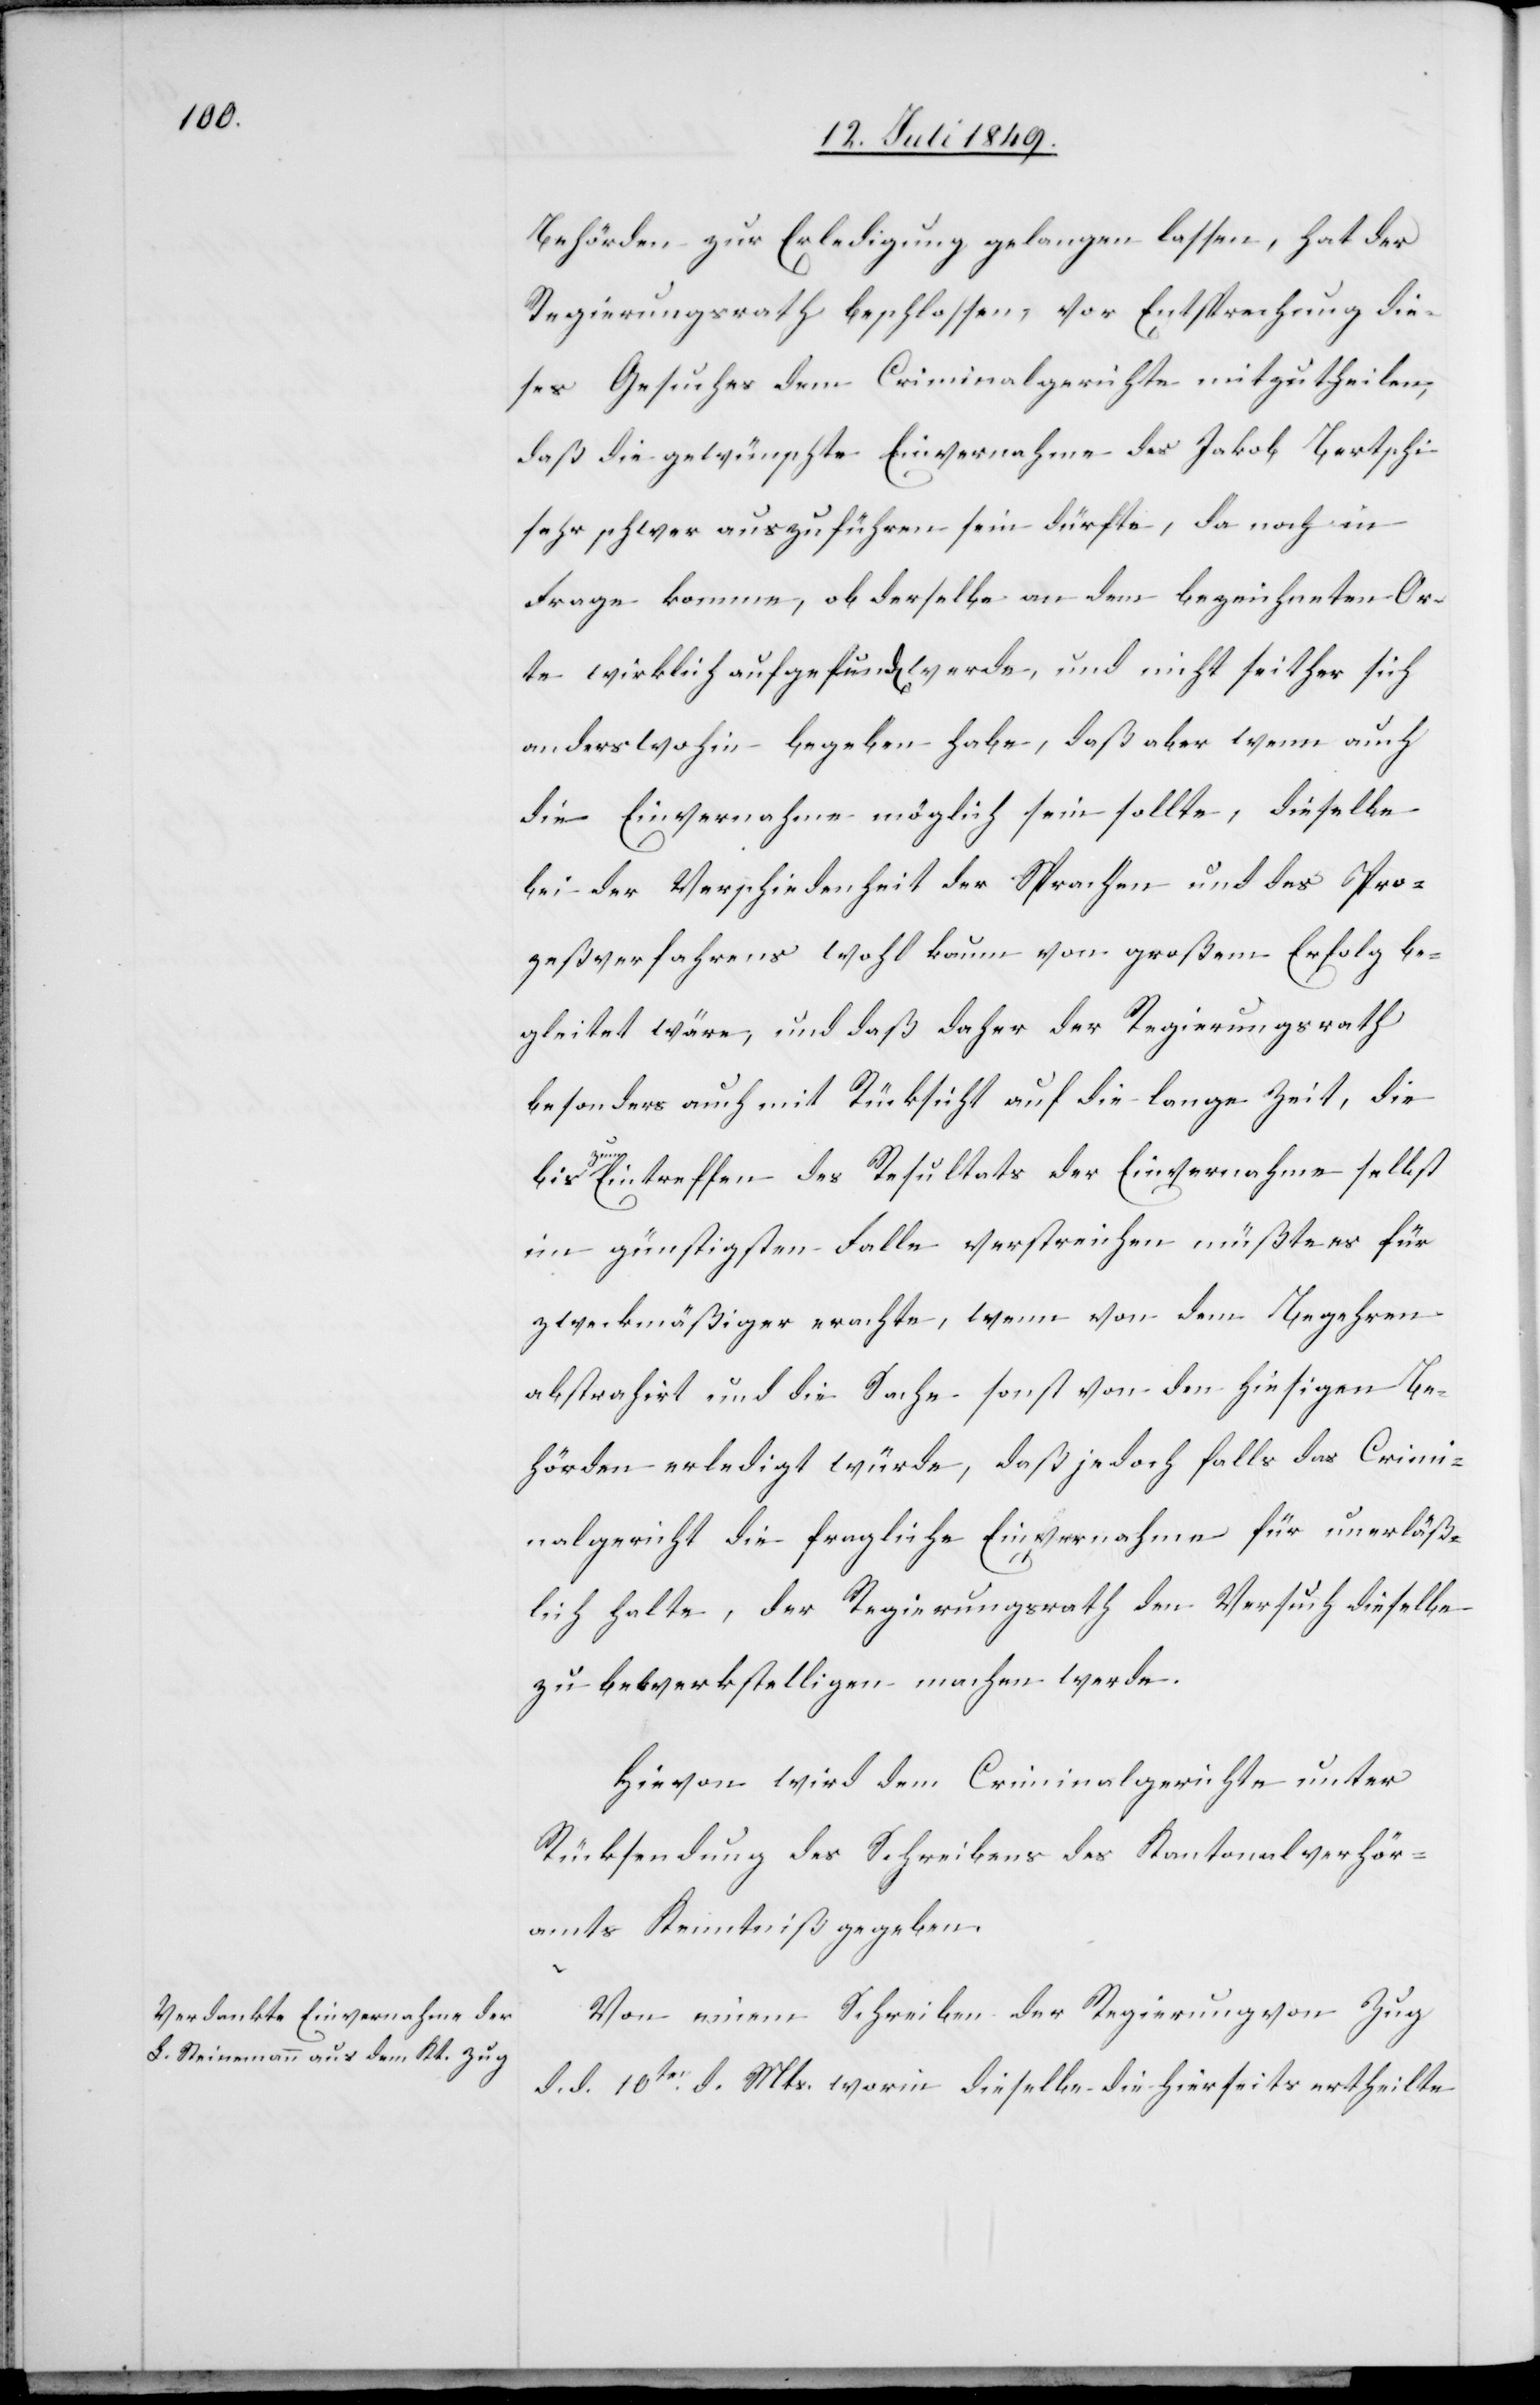
Behörden zur Erledigung gelangen lassen, hat der
Regierungsrath beschlossen, vor Entsprechung die¬
ses Gesuches dem Criminalgerichte mitzutheilen,
daß die gewünschte Einvernahme des Jakob Bertschi
sehr schwer auszuführen sein dürfte, da noch in
Frage komme, ob derselbe an dem bezeichneten Or¬
te wirklich aufgefund[en] werde, und nicht seither sich
anders wohin begeben habe, daß aber wenn auch
die Einvernahme möglich sein sollte, dieselbe
bei der Verschiedenheit der Sprachen und des Pro¬
zeßverfahrens wohl kaum von großem Erfolg be¬
gleitet wäre, und daß daher der Regierungsrath
besonders auch mit Rücksicht auf die lange Zeit, die
zum Eintreffen des Resultats der Einvernahme selbst
im günstigsten Falle verstreichen müßte es für
zweckmäßiger erachte, wenn von dem Begehren
abstrahirt und die Sache sonst von den hiesigen Be¬
hörden erledigt würde, daß jedoch falls das Crimi¬
nalgericht die fragliche Einvernahme für unerläß¬
lich halte, der Regierungsrath den Versuch dieselbe
zu bewerkstelligen machen werde.
Hievon wird dem Criminalgerichte unter
Rücksendung des Schreibens des Kantonalvehör¬
amts Kenntniß gegeben.
Von einem Schreiben der Regierung von Zug
d. d. 10ten d. Mts. worin dieselbe die hierseits ertheilte